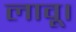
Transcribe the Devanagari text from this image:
लावू।